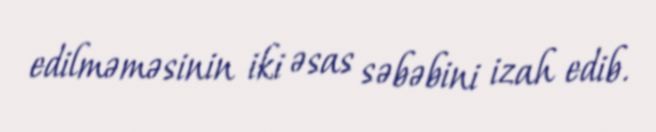
edilməməsinin iki əsas səbəbini izah edib.